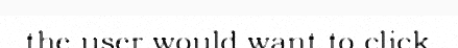
the user would want to click